Eesti_Rahvusfond, lk 22
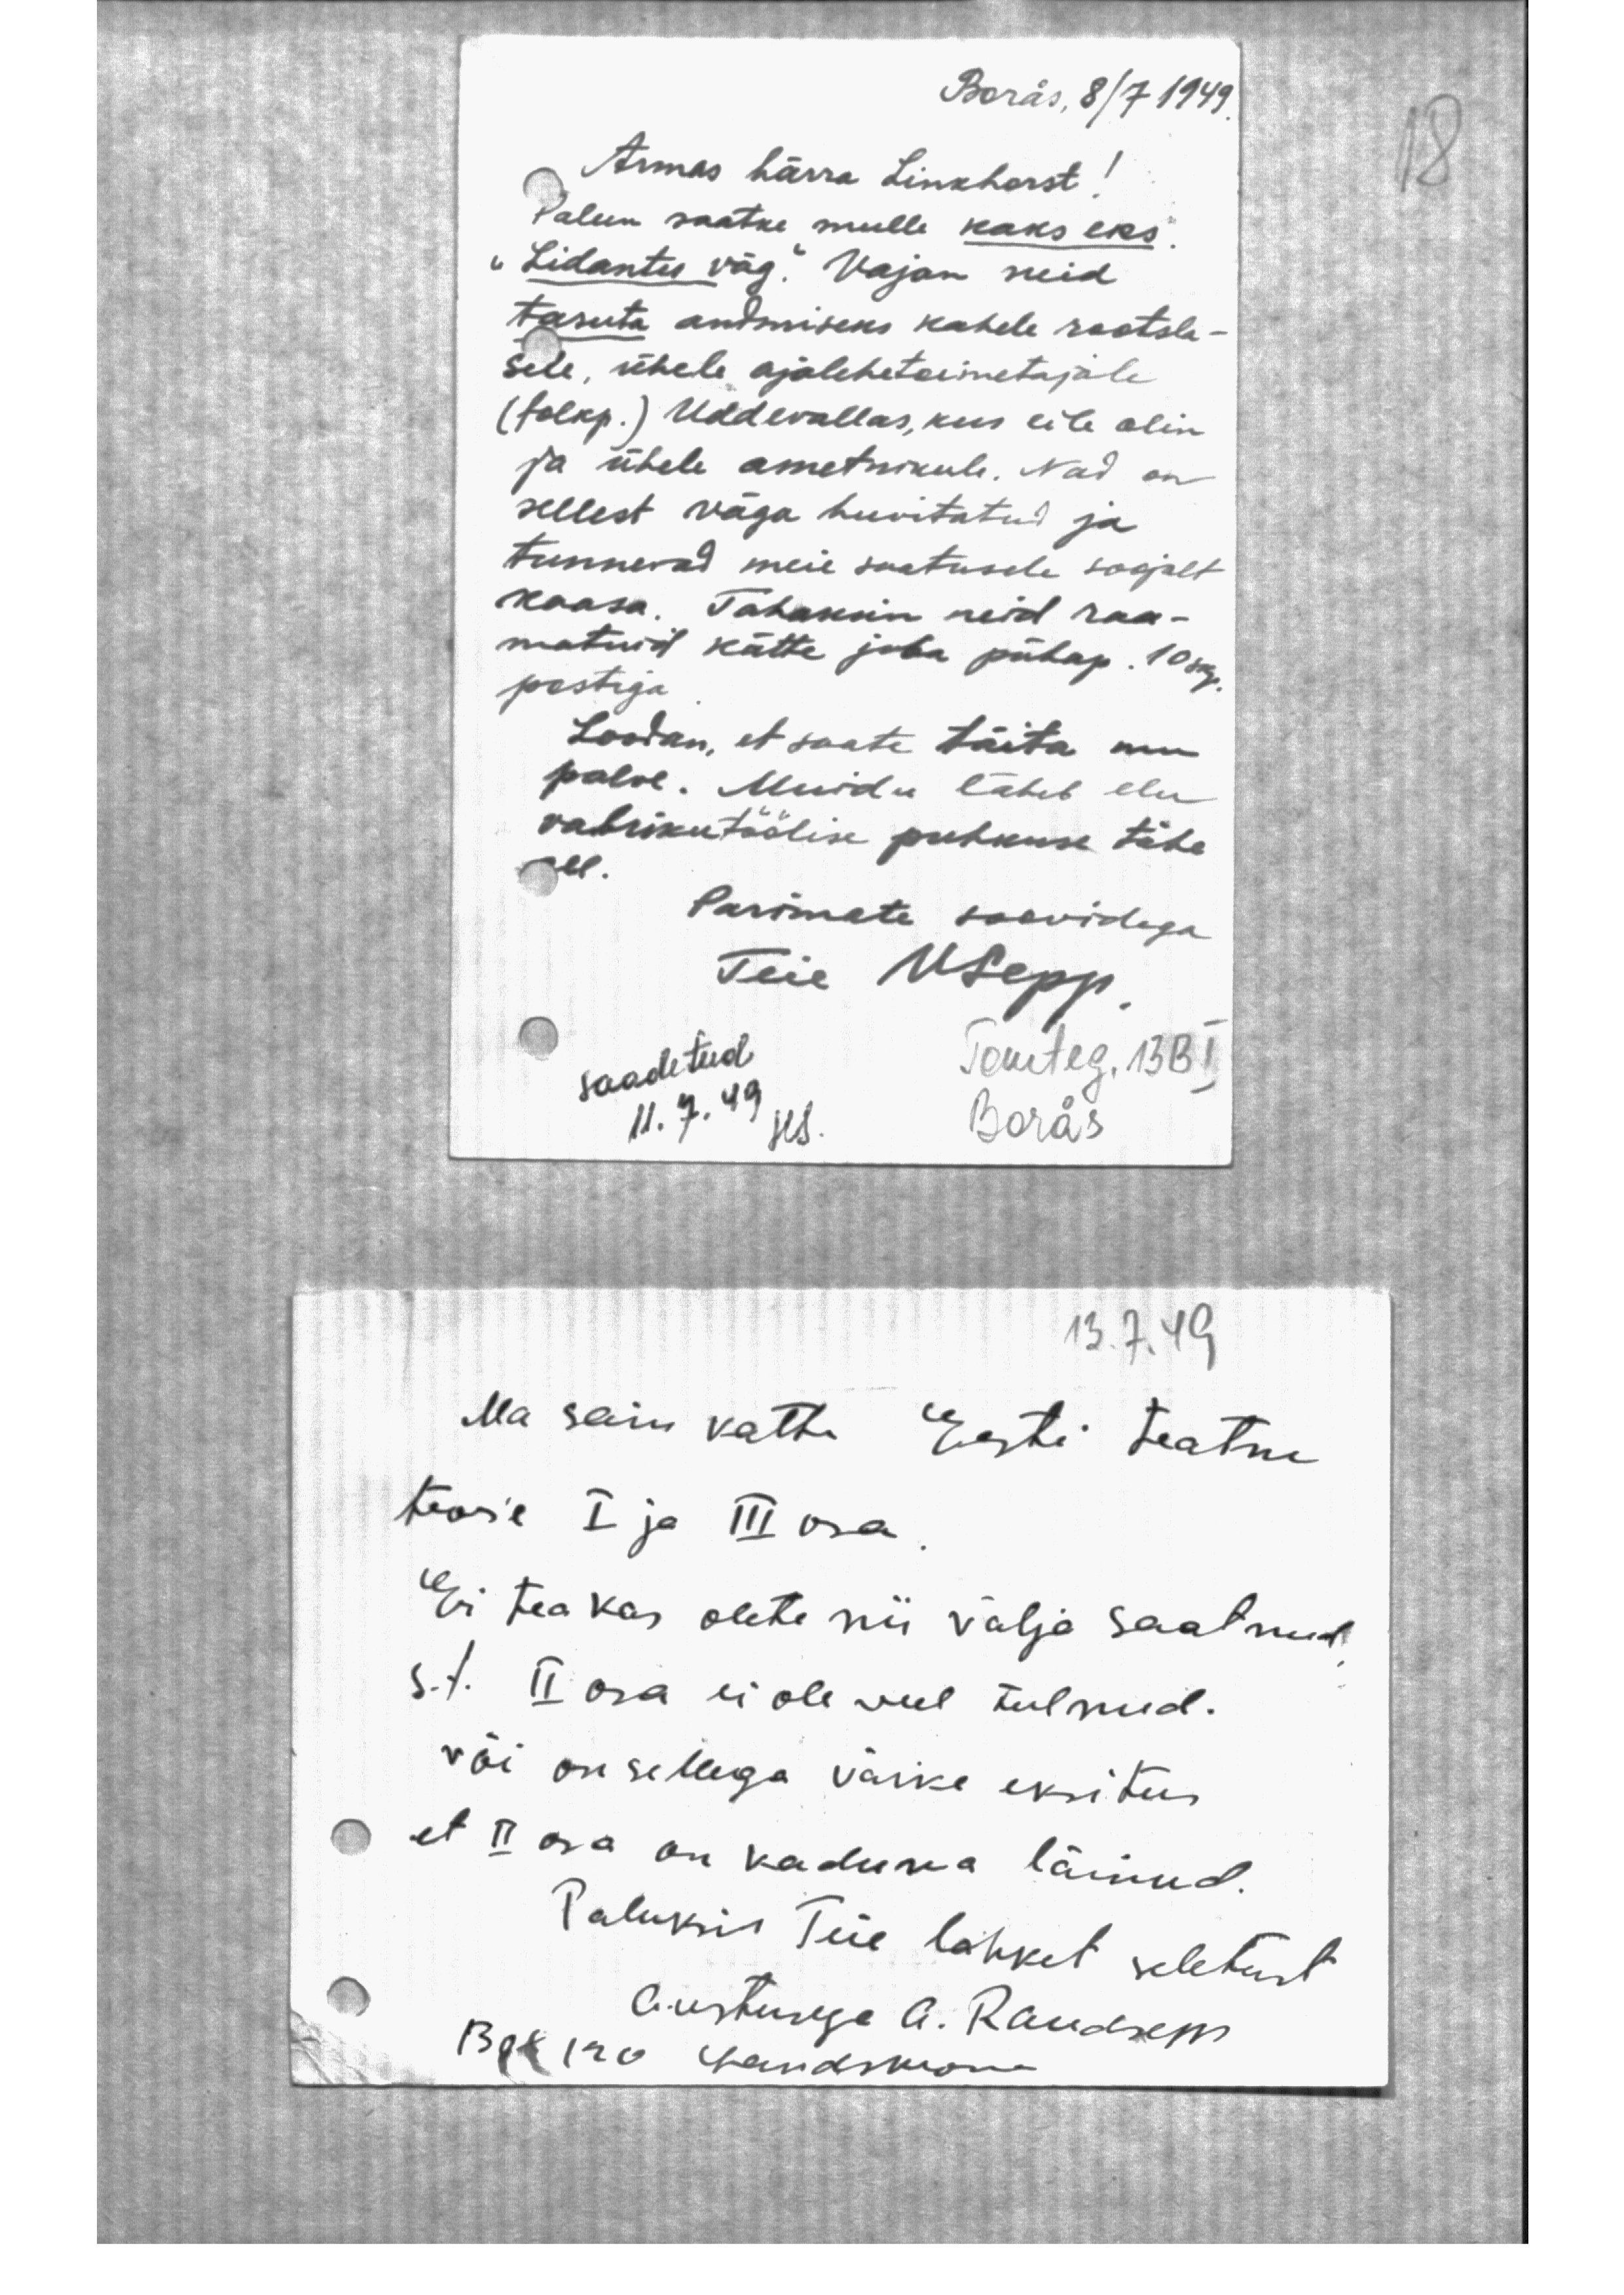
Boräs, 8/7 1949
Armas härra Linkhorst!
Palun saatke mulle kaks eks.
"Lidantu väg." Vajan neid
tasuta andmiseks kahele rootsla-
sele, ühele ajalehetoimetajale
(folkp.) Uddevallas, kus eile olin
ja ühele ametnikule. Nad on
sellest väga huvitatud ja
tunnevad meie saatusele soojalt
kaasa. Tahaksin neid raa-
matuid kätte juba pühap. 10 skp
postiga
Loodan, et saate täita mu
palve. Muidu läheb elu
vabrikutöölise puhkuse tähe
all.
Parimate soovidega.
Teie U.Sepp
saadetud.
Temteg. 13BI
11.7.49
Hs
Boras

13.7.49
Ma sain vastu Eesti teatm
teose I ja III osa
Ei tea kas olete nii välja saatnud
s.t. II osa ei ole veel tulnud.
või on sellega väike eksitus
et II osa on kaduma läinud.
Paluksin Teie lahket seletust
Austusega A. Raudsepp
Boras Landsmane